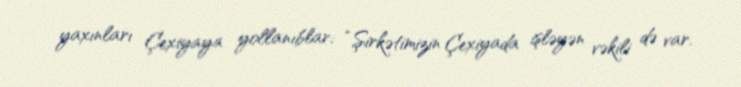
yaxınları Çexiyaya yollanıblar: “Şirkətimizin Çexiyada işləyən vəkili də var.